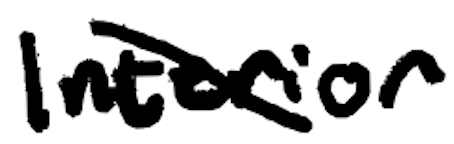
Text: Interior
Cross-out: diagonal
Writing tool: digital_black